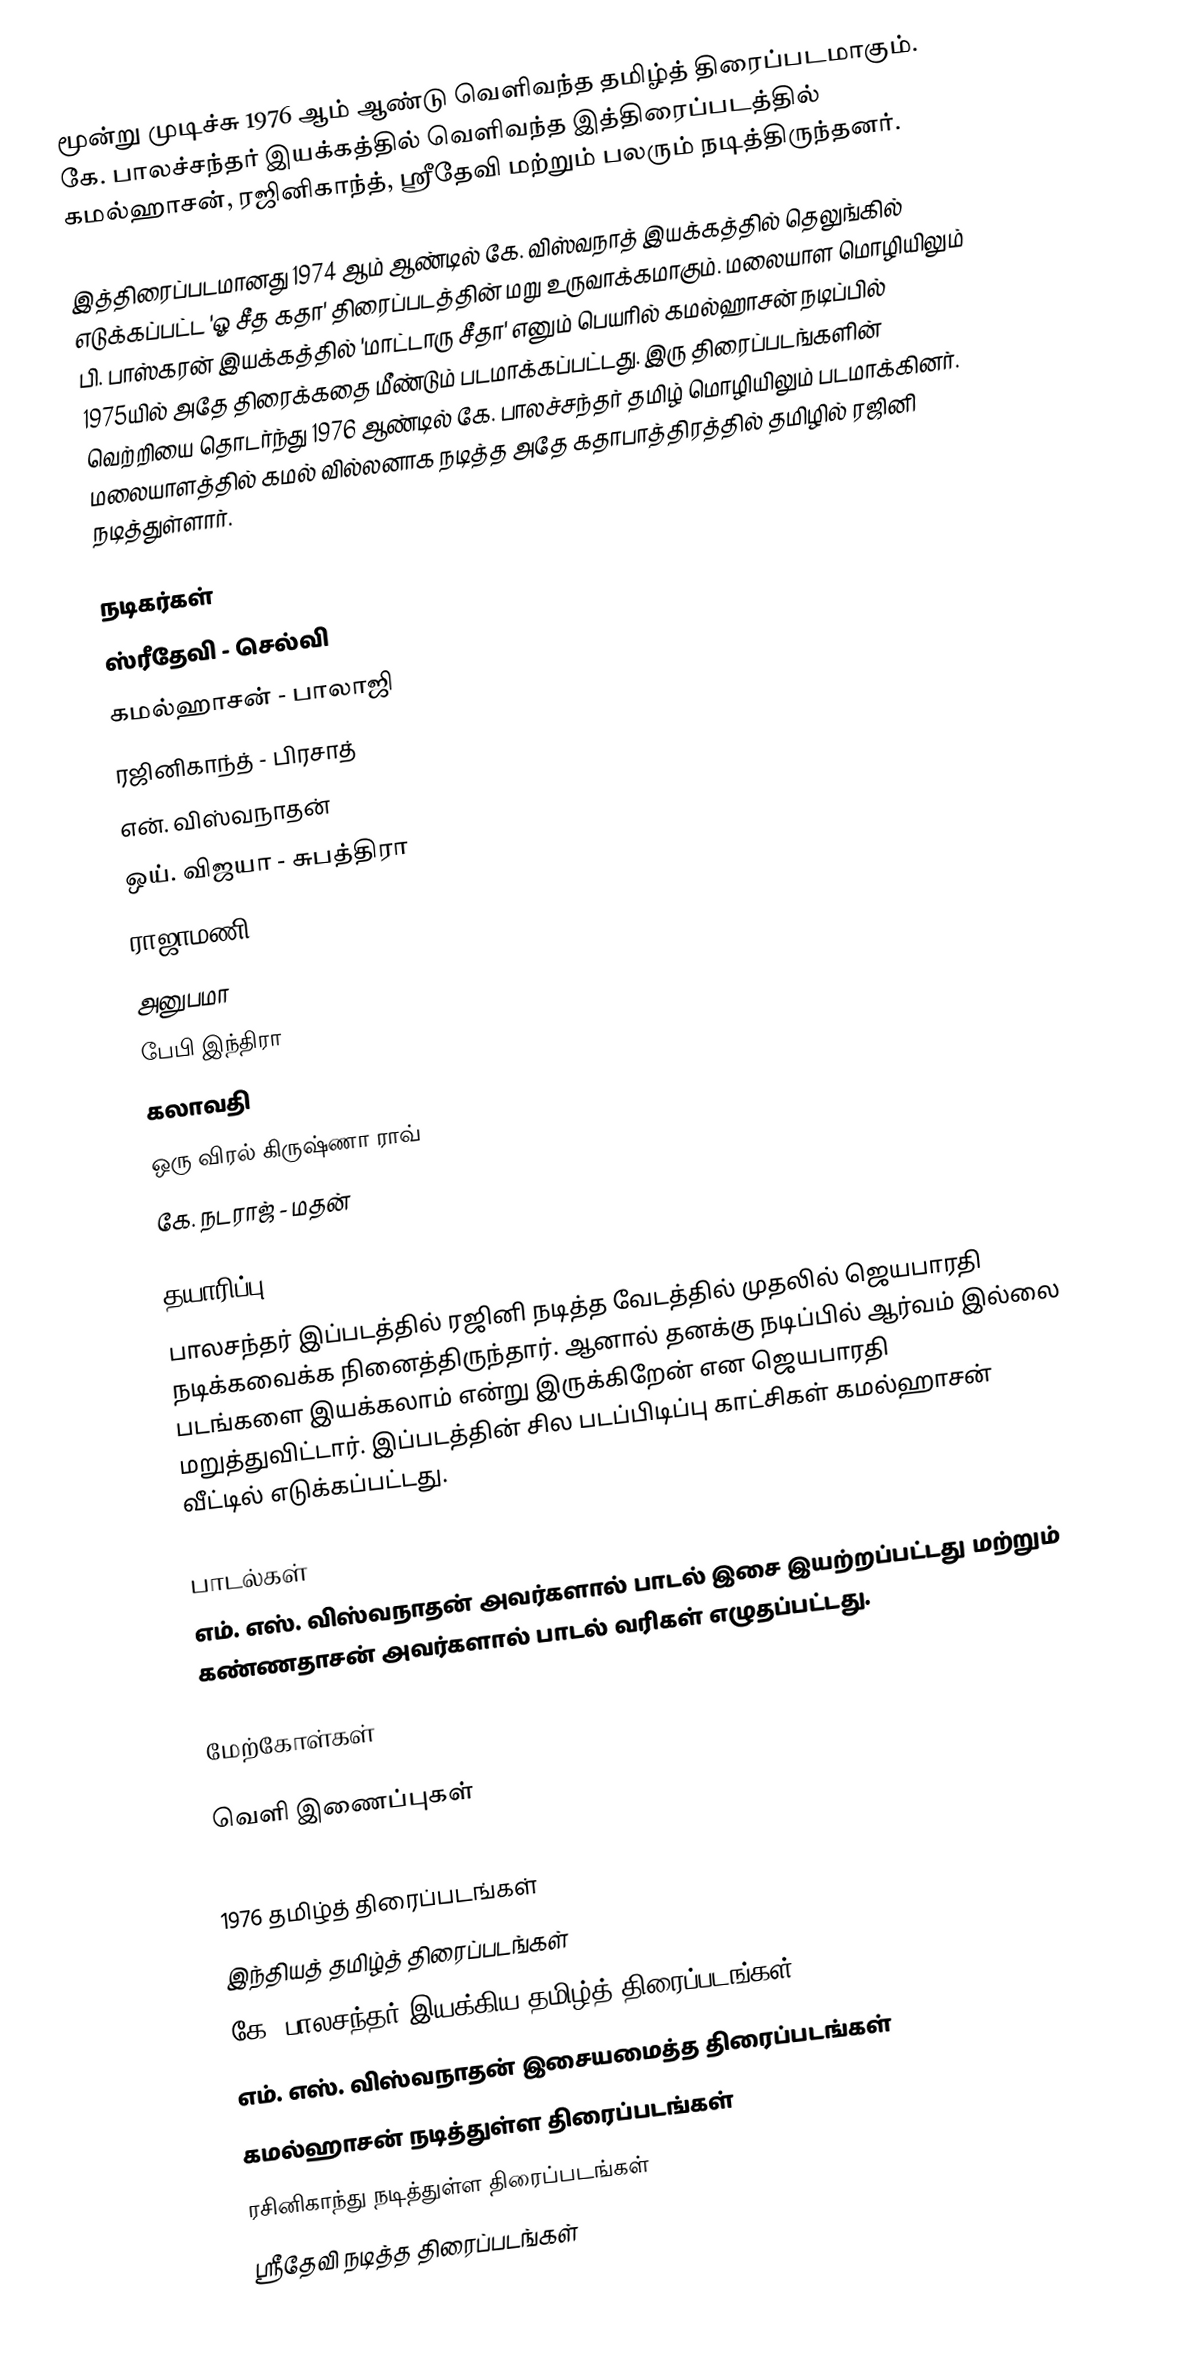
மூன்று முடிச்சு 1976 ஆம் ஆண்டு வெளிவந்த தமிழ்த் திரைப்படமாகும். கே. பாலச்சந்தர் இயக்கத்தில் வெளிவந்த இத்திரைப்படத்தில்  கமல்ஹாசன், ரஜினிகாந்த், ஸ்ரீதேவி மற்றும் பலரும் நடித்திருந்தனர்.

இத்திரைப்படமானது 1974 ஆம் ஆண்டில் கே. விஸ்வநாத் இயக்கத்தில் தெலுங்கில் எடுக்கப்பட்ட 'ஓ சீத கதா' திரைப்படத்தின் மறு உருவாக்கமாகும். மலையாள மொழியிலும் பி. பாஸ்கரன் இயக்கத்தில் 'மாட்டாரு சீதா' எனும் பெயரில் கமல்ஹாசன் நடிப்பில் 1975யில் அதே திரைக்கதை மீண்டும் படமாக்கப்பட்டது. இரு திரைப்படங்களின் வெற்றியை தொடர்ந்து 1976 ஆண்டில் கே. பாலச்சந்தர் தமிழ் மொழியிலும் படமாக்கினர். மலையாளத்தில் கமல் வில்லனாக நடித்த அதே கதாபாத்திரத்தில் தமிழில் ரஜினி நடித்துள்ளார்.

நடிகர்கள்
 ஸ்ரீதேவி - செல்வி
 கமல்ஹாசன் - பாலாஜி
 ரஜினிகாந்த் - பிரசாத்
 என். விஸ்வநாதன்
 ஒய். விஜயா - சுபத்திரா
 ராஜாமணி
 அனுபமா
 பேபி இந்திரா
 கலாவதி
 ஒரு விரல் கிருஷ்ணா ராவ்
 கே. நடராஜ் - மதன்

தயாரிப்பு
பாலசந்தர் இப்படத்தில் ரஜினி நடித்த வேடத்தில் முதலில் ஜெயபாரதி நடிக்கவைக்க நினைத்திருந்தார். ஆனால் தனக்கு நடிப்பில் ஆர்வம் இல்லை படங்களை இயக்கலாம் என்று இருக்கிறேன் என ஜெயபாரதி மறுத்துவிட்டார். இப்படத்தின் சில படப்பிடிப்பு காட்சிகள் கமல்ஹாசன் வீட்டில் எடுக்கப்பட்டது.

பாடல்கள்
எம். எஸ். விஸ்வநாதன் அவர்களால் பாடல் இசை இயற்றப்பட்டது மற்றும் கண்ணதாசன் அவர்களால் பாடல் வரிகள் எழுதப்பட்டது.

மேற்கோள்கள்

வெளி இணைப்புகள்

1976 தமிழ்த் திரைப்படங்கள்
இந்தியத் தமிழ்த் திரைப்படங்கள்
கே. பாலசந்தர் இயக்கிய தமிழ்த் திரைப்படங்கள்
எம். எஸ். விஸ்வநாதன் இசையமைத்த திரைப்படங்கள்
கமல்ஹாசன் நடித்துள்ள திரைப்படங்கள்
ரசினிகாந்து நடித்துள்ள திரைப்படங்கள்
ஸ்ரீதேவி நடித்த திரைப்படங்கள்